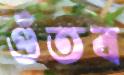
গুঁতব